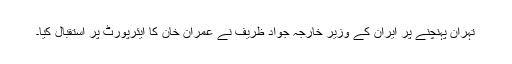
تہران پہنچنے پر ایران کے وزیر خارجہ جواد ظریف نے عمران خان کا ایئرپورٹ پر استقبال کیا۔